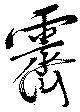
霽